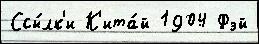
Ссы́лк'и К'ита́й 1904 Фэй